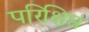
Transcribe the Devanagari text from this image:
परिक्षिप्त